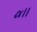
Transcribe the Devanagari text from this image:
८४।।